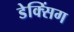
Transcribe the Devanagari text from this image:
डेक्सिंग